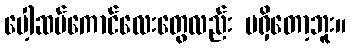
ပေါ့ဆမ်ကောင်လေးတွေလည်း မရှိတော့ဘူး။